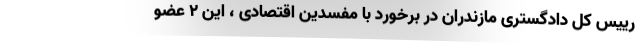
رییس کل دادگستری مازندران در برخورد با مفسدین اقتصادی ، این ۲ عضو